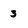
Character: 3